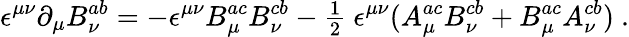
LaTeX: \epsilon^{\mu\nu}{\partial}_{\mu}B_{\nu}^{ab}=-\epsilon^{\mu\nu}B_{\mu}^{ac}B_{\nu}^{cb}-{\textstyle\frac 12}~\epsilon^{\mu\nu}(A_{\mu}^{ac}B_{\nu}^{cb}+B_{\mu}^{ac}A_{\nu}^{cb})~.